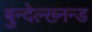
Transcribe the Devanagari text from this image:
बुन्देल्ख्नन्ड